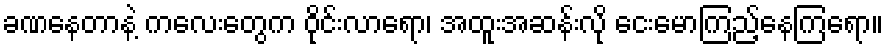
ခဏနေတာနဲ့ ကလေးတွေက ဝိုင်းလာရော၊ အထူးအဆန်းလို ငေးမောကြည့်နေကြရော။